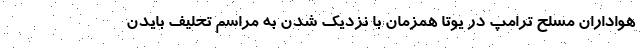
هواداران مسلح ترامپ در یوتا همزمان با نزدیک شدن به مراسم تحلیف بایدن